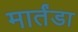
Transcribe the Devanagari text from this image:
मार्तंडा